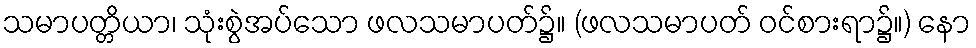
သမာပတ္တိယာ၊ သုံးစွဲအပ်သော ဖလသမာပတ်၌။ (ဖလသမာပတ် ဝင်စားရာ၌။) နော